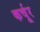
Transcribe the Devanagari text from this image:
कर्चूर